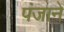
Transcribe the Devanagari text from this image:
पंजाने